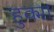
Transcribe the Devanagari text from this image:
हुक्मा